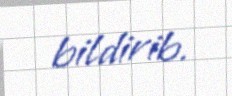
bildirib.